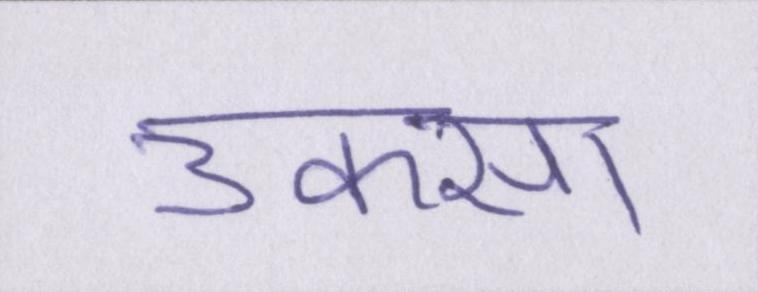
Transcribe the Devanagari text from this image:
उकसा